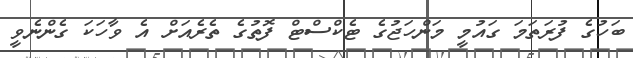
ބަހުގެ ފުރަތަމަ ގައުމީ މަންހަޖުގެ ޓެކްސްޓް ފޮތުގެ ތެރެއަށް އެ ވާހަކަ ގެންނެވީ